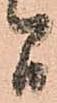
間